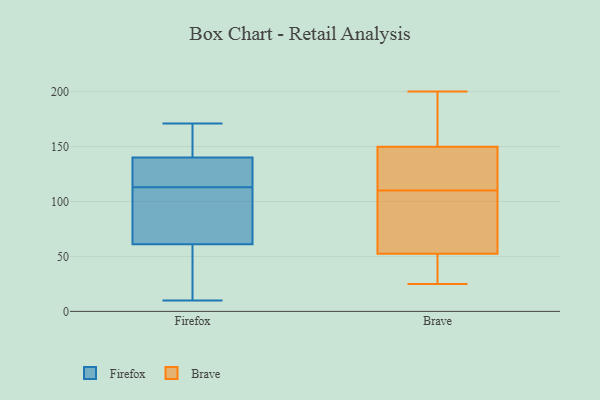
{"axis": {"x": "Satisfaction Score", "y": "Value"}, "legend": ["Brave", "Firefox"], "data": [{"x": "", "y": 127, "type": "Firefox"}, {"x": "", "y": 155, "type": "Firefox"}, {"x": "", "y": 156, "type": "Firefox"}, {"x": "", "y": 171, "type": "Firefox"}, {"x": "", "y": 37, "type": "Firefox"}, {"x": "", "y": 71, "type": "Firefox"}, {"x": "", "y": 37, "type": "Firefox"}, {"x": "", "y": 10, "type": "Firefox"}, {"x": "", "y": 76, "type": "Firefox"}, {"x": "", "y": 135, "type": "Firefox"}, {"x": "", "y": 69, "type": "Firefox"}, {"x": "", "y": 115, "type": "Firefox"}, {"x": "", "y": 113, "type": "Firefox"}, {"x": "", "y": 123, "type": "Brave"}, {"x": "", "y": 25, "type": "Brave"}, {"x": "", "y": 129, "type": "Brave"}, {"x": "", "y": 200, "type": "Brave"}, {"x": "", "y": 48, "type": "Brave"}, {"x": "", "y": 110, "type": "Brave"}, {"x": "", "y": 60, "type": "Brave"}, {"x": "", "y": 102, "type": "Brave"}, {"x": "", "y": 86, "type": "Brave"}, {"x": "", "y": 103, "type": "Brave"}, {"x": "", "y": 44, "type": "Brave"}, {"x": "", "y": 37, "type": "Brave"}, {"x": "", "y": 171, "type": "Brave"}, {"x": "", "y": 155, "type": "Brave"}, {"x": "", "y": 50, "type": "Brave"}, {"x": "", "y": 130, "type": "Brave"}, {"x": "", "y": 161, "type": "Brave"}, {"x": "", "y": 134, "type": "Brave"}, {"x": "", "y": 191, "type": "Brave"}]}